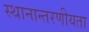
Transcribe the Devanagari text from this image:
स्थानान्तरणीयता